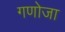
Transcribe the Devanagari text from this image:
गणोजा